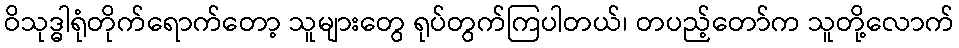
ဝိသုဒ္ဓါရုံတိုက်ရောက်တော့ သူများတွေ ရုပ်တွက်ကြပါတယ်၊ တပည့်တော်က သူတို့လောက်